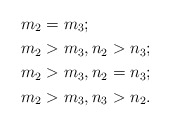
\begin{align*}&m_2=m_3;\\&m_2>m_3,n_2>n_3;\\&m_2>m_3,n_2=n_3;\\&m_2>m_3,n_3>n_2.\end{align*}